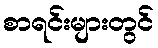
စာရင်းများတွင်